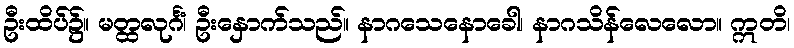
ဦးထိပ်၌။ မတ္ထလုင်္ဂံ၊ ဦးနှောက်သည်။ နာဂသေနောခေါ၊ နာဂသိန်လေလော။ ဣတိ၊